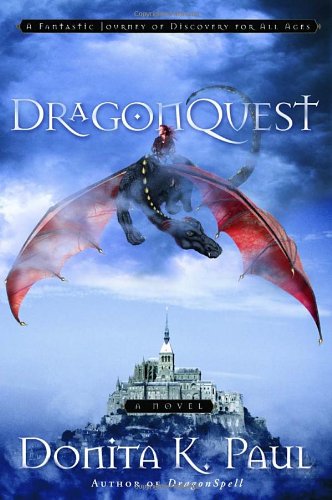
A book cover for DragonQuest (Dragon Keepers Chronicles, Book 2); Donita K. Paul; Science Fiction & Fantasy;